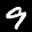
Label: 9